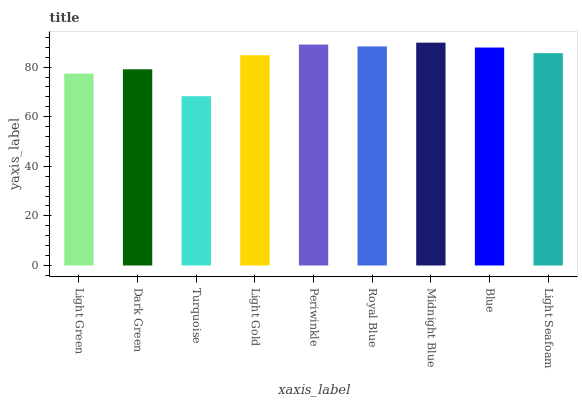
| xaxis_label | bars |
 | --- | --- |
 | Light Green | 77.4 |
 | Dark Green | 79.1 |
 | Turquoise | 68.3 |
 | Light Gold | 84.8 |
 | Periwinkle | 89.1 |
 | Royal Blue | 88.4 |
 | Midnight Blue | 89.9 |
 | Blue | 87.9 |
 | Light Seafoam | 85.7 |